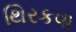
થિરકવા